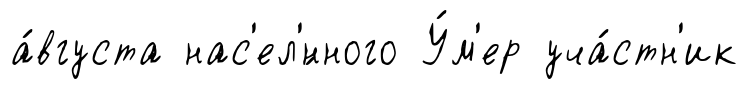
а́вгуста нас'ел'́нного У́м'ер уча́стн'ик